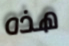
هذه